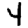
Digit: 4